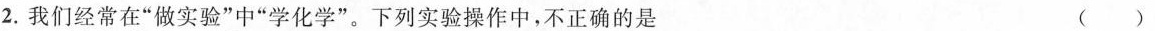
2. 我们经常在”做实验”中”学化学”。下列实验操作中，不正确的是 ()